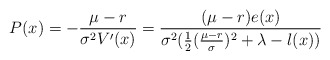
\begin{align*}P(x)=-\frac{\mu-r}{\sigma^2 V'(x)}=\frac{(\mu-r)e(x)}{\sigma^2(\frac{1}{2}(\frac{\mu-r}{\sigma})^2+\lambda-l(x))}\end{align*}